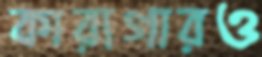
কারাগারও